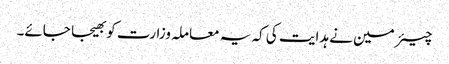
چیئرمین نے ہدایت کی کہ یہ معاملہ وزارت کو بھیجا جائے۔